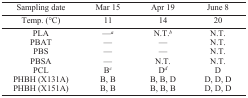
<table><thead><tr><td><b>Sampling date</b></td><td><b>Mar 15</b></td><td><b>Apr 19</b></td><td><b>June 8</b></td></tr><tr><td><b>Temp. (°C)</b></td><td><b>11</b></td><td><b>14</b></td><td><b>20</b></td></tr></thead><tbody><tr><td>PLA</td><td>—a</td><td>N.T.b</td><td>N.T.</td></tr><tr><td>PBAT</td><td>—</td><td>—</td><td>N.T.</td></tr><tr><td>PBS</td><td>—</td><td>—</td><td>N.T.</td></tr><tr><td>PBSA</td><td>—</td><td>N.T.</td><td>N.T.</td></tr><tr><td>PCL</td><td>Bc</td><td>Dd</td><td>D</td></tr><tr><td>PHBH (X131A)</td><td>B, B</td><td>B, B, D</td><td>D, D, D</td></tr><tr><td>PHBH (X151A)</td><td>B, B</td><td>B, B, B</td><td>D, D, D</td></tr></tbody></table>